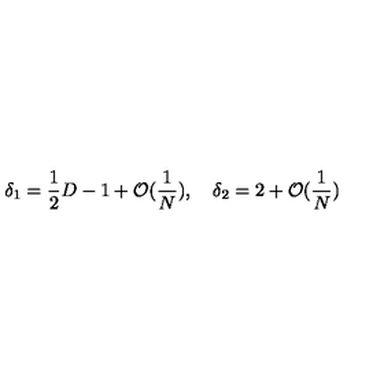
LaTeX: \delta _ { 1 } = \frac { 1 } { 2 } D - 1 + \mathcal { O } ( \frac { 1 } { N } ) , \quad \delta _ { 2 } = 2 + \mathcal { O } ( \frac { 1 } { N } )